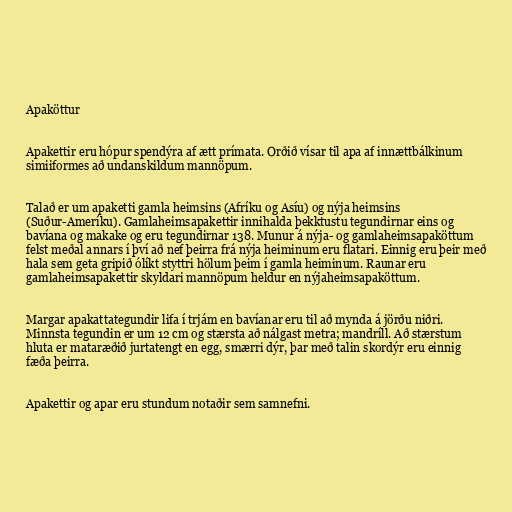
Apaköttur

Apakettir eru hópur spendýra af ætt prímata. Orðið vísar til apa af innættbálkinum
simiiformes að undanskildum mannöpum.

Talað er um apaketti gamla heimsins (Afríku og Asíu) og nýja heimsins
(Suður-Ameríku). Gamlaheimsapakettir innihalda þekktustu tegundirnar eins og
bavíana og makake og eru tegundirnar 138. Munur á nýja- og gamlaheimsapaköttum
felst meðal annars í því að nef þeirra frá nýja heiminum eru flatari. Einnig eru þeir með
hala sem geta gripið ólíkt styttri hölum þeim í gamla heiminum. Raunar eru
gamlaheimsapakettir skyldari mannöpum heldur en nýjaheimsapaköttum.

Margar apakattategundir lifa í trjám en bavíanar eru til að mynda á jörðu niðri.
Minnsta tegundin er um 12 cm og stærsta að nálgast metra; mandríll. Að stærstum
hluta er mataræðið jurtatengt en egg, smærri dýr, þar með talin skordýr eru einnig
fæða þeirra.

Apakettir og apar eru stundum notaðir sem samnefni.